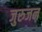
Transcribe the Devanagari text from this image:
जुरुजन